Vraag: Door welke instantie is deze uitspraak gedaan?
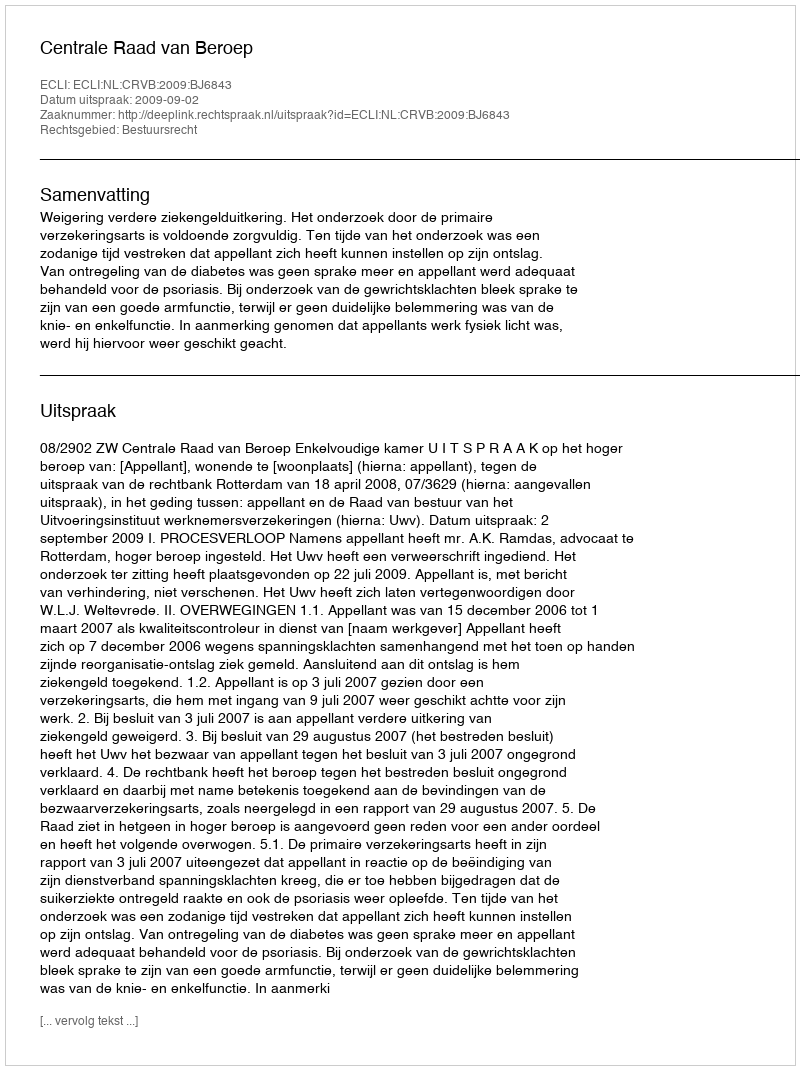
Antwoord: Centrale Raad van Beroep